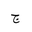
Letter: _gim